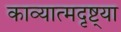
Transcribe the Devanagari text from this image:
काव्यात्मदृष्ट्या